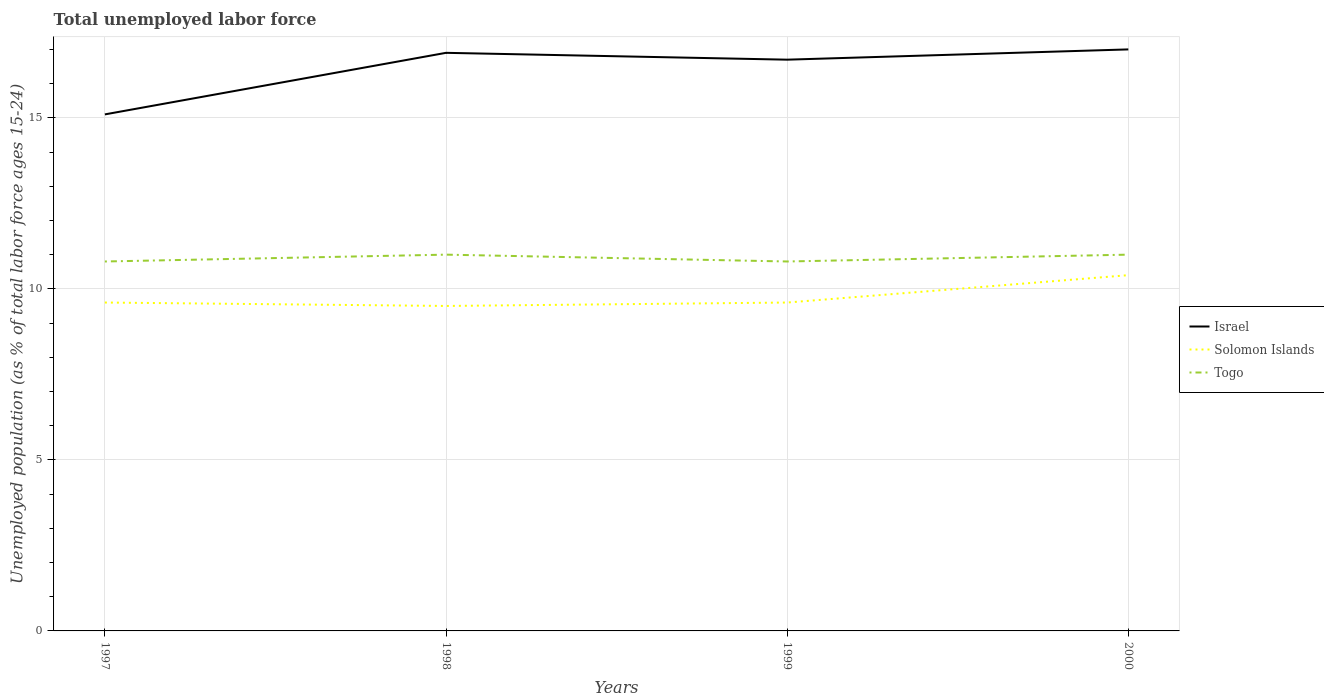
| Years | Israel | Solomon Islands | Togo |
 | --- | --- | --- | --- |
 | 1997 | 15.1 | 9.6 | 10.8 |
 | 1998 | 16.9 | 9.5 | 11 |
 | 1999 | 16.7 | 9.6 | 10.8 |
 | 2000 | 17 | 10.4 | 11 |